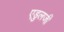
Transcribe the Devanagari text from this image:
एडुलजी